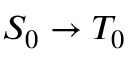
S _ { 0 } \rightarrow T _ { 0 }